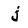
Character: j